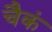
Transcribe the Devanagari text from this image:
चैकं